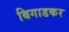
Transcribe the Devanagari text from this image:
बिगाडकर